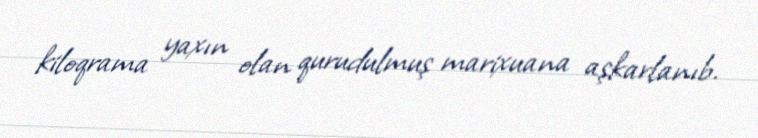
kiloqrama yaxın olan qurudulmuş marixuana aşkarlanıb.